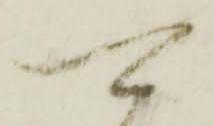
可